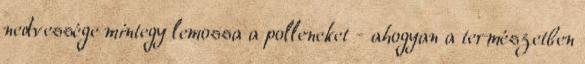
nedvessége mintegy lemossa a polleneket - ahogyan a természetben